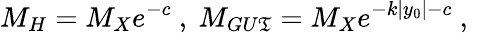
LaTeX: M_{H}=M_{X}e^{-c}~,~M_{GU\mathfrak{T}}=M_{X}e^{-k|y_{0}|-c}~,~\,